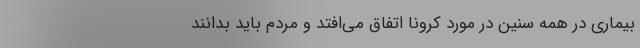
بیماری در همه‌ سنین در مورد کرونا اتفاق می‌افتد و مردم باید بدانند